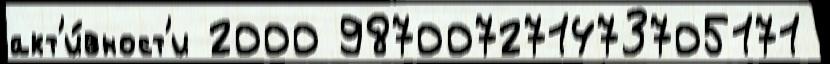
акт'и́вност'и 2000 987007271473705171